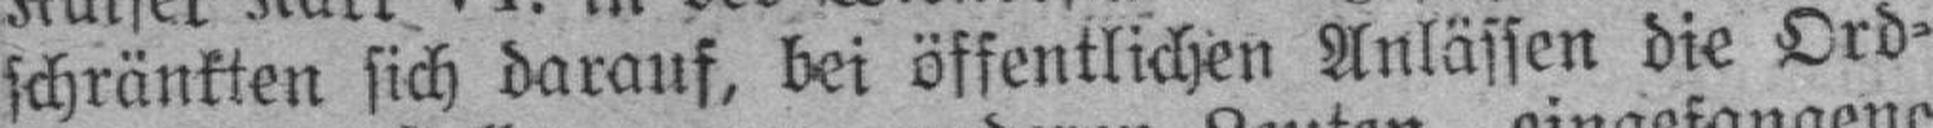
schränkten sich darauf, bei öffentlichen Anlässen die Ord¬